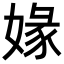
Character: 𡟇